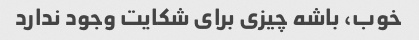
خوب، باشه چیزی برای شکایت وجود ندارد